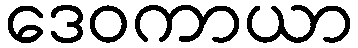
ဒေဝကာယာ